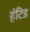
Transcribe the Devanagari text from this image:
हंटिड